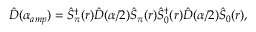
\begin{array} { r } { \hat { D } ( \alpha _ { a m p } ) = \hat { S } _ { \pi } ^ { \dagger } ( r ) \hat { D } ( \alpha / 2 ) \hat { S } _ { \pi } ( r ) \hat { S } _ { 0 } ^ { \dagger } ( r ) \hat { D } ( \alpha / 2 ) \hat { S } _ { 0 } ( r ) , } \end{array}